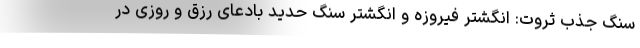
سنگ جذب ثروت: انگشتر فیروزه و انگشتر سنگ حدید بادعای رزق و روزی در